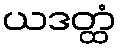
ယဒတ္ထံ